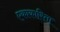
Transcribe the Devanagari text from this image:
एकाकारिता